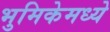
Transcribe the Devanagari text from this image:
भुमिकेमध्ये